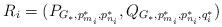
LaTeX: \begin{align*}R_i=(P_{G_*,p_{m_i}^*,p_{n_i}^*},Q_{G_*,p_{m_i}^*,p_{n_i}^*,q_i^*})\end{align*}